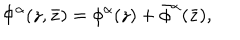
\Phi ^ { \alpha } ( z , \bar { z } ) = \phi ^ { \alpha } ( z ) + \bar { \phi } ^ { \alpha } ( \bar { z } ) ,